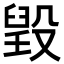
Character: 𣪷